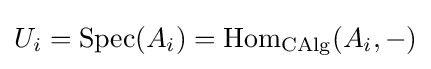
U_{i}={\text{Spec}}(A_{i})={\text{Hom}}_{\text{CAlg}}(A_{i},-)